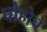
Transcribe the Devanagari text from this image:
पोहोचे